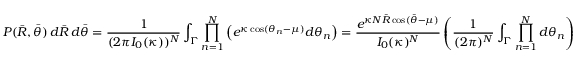
P ( { \bar { R } } , { \bar { \theta } } ) \, d { \bar { R } } \, d { \bar { \theta } } = { \frac { 1 } { ( 2 \pi I _ { 0 } ( \kappa ) ) ^ { N } } } \int _ { \Gamma } \prod _ { n = 1 } ^ { N } \left( e ^ { \kappa \cos ( \theta _ { n } - \mu ) } d \theta _ { n } \right) = { \frac { e ^ { \kappa N { \bar { R } } \cos ( { \bar { \theta } } - \mu ) } } { I _ { 0 } ( \kappa ) ^ { N } } } \left( { \frac { 1 } { ( 2 \pi ) ^ { N } } } \int _ { \Gamma } \prod _ { n = 1 } ^ { N } d \theta _ { n } \right)